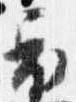
衣